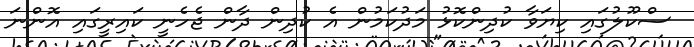
ސްކޫލުގައި ކިޔަވާ ކުދިންކޮޅު މަދުކަމުން އެ ކުދިން ދާން ޖެހެނީ ކައިރީގައި އޮންނަ